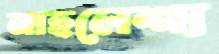
নাহলেশ্য